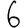
Digit: 6